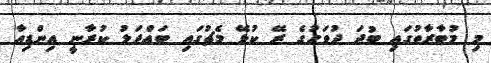
މި މުބާރާތުގައި ބުދަ ދުވަހުގެ ރޭ ކުޅޭ މެޗުގައި ބައްދަލު ކުރާނީ އިންޑިއާ